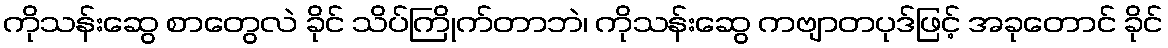
ကိုသန်းဆွေ စာတွေလဲ ခိုင် သိပ်ကြိုက်တာဘဲ၊ ကိုသန်းဆွေ ကဗျာတပုဒ်ဖြင့် အခုတောင် ခိုင်